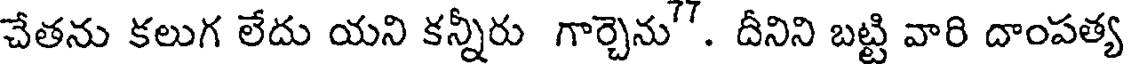
చేతను కలుగ లేదు యని కన్నీరు గార్చెను''. దీనిని బట్టి వారి దాంపత్య